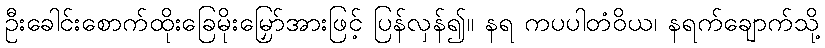
ဦးခေါင်းစောက်ထိုးခြေမိုးမြှော်အားဖြင့် ပြန်လှန်၍။ နရ ကပပါတံဝိယ၊ နရက်ချောက်သို့